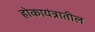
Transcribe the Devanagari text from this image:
होकायंत्रातील